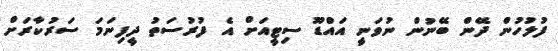
ފުލުހުން ދޭން ބޭނުން ނުވަނީ އައްޑޫ ސިޓީއަށް އެ ފުރުސަތު ދީފިނަމަ ސަރުކާރަށް